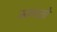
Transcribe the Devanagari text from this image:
मागतों